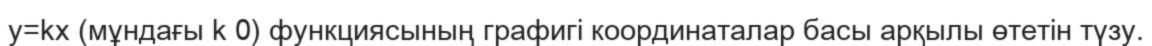
у=kx (мұндағы k 0) функциясының графигі координаталар басы арқылы өтетін түзу.